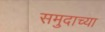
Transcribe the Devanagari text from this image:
समुदाच्या